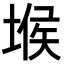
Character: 堠